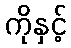
ကိုနှင့်